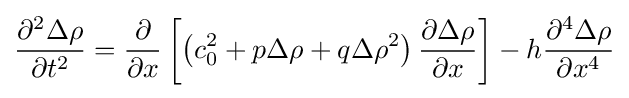
{\frac {\partial ^{2}\Delta \rho }{\partial t^{2}}}={\frac {\partial }{\partial x}}\left[\left(c_{0}^{2}+p\Delta \rho +q\Delta \rho ^{2}\right){\frac {\partial \Delta \rho }{\partial x}}\right]-h{\frac {\partial ^{4}\Delta \rho }{\partial x^{4}}}